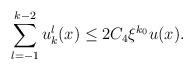
LaTeX: \begin{align*}\sum^{k-2}_{l=-1}u^l_k(x)\le 2C_4\xi^{k_0}u(x).\end{align*}